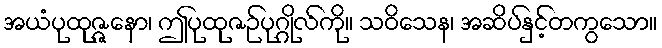
အယံပုထုဇ္ဇနော၊ ဤပုထုဇဉ်ပုဂ္ဂိုလ်ကို။ သဝိသေန၊ အဆိပ်နှင့်တကွသော။